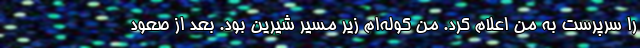
را سرپرست به من اعلام کرد. من کوله‌ام زیر مسیر شیرین بود. بعد از صعود